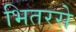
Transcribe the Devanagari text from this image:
भितरसे